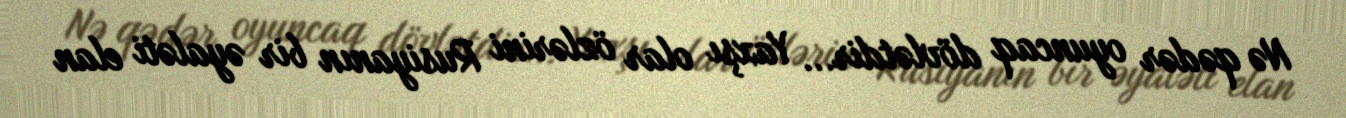
Nə qədər oyuncaq dövlətdir... Yaxşı olar özlərini Rusiyanın bir əyaləti elan